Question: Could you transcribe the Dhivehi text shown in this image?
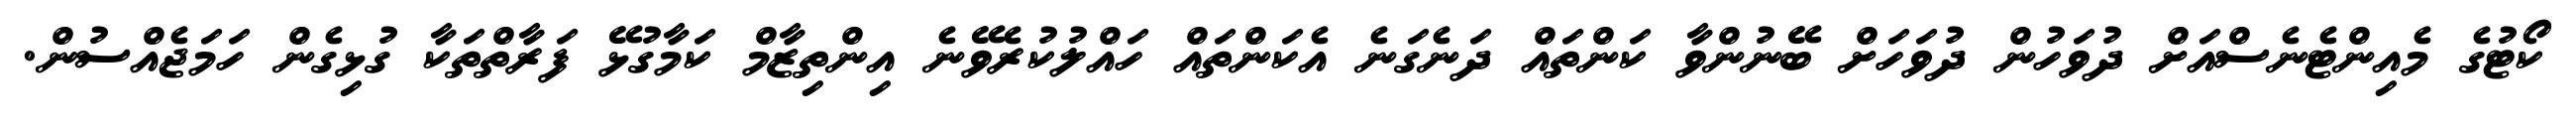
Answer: ކޯޓުގެ މެއިންޓެނެސްއަށް ދުވަހުން ދުވަހަށް ބޭނުންވާ ކަންތައް ދަނެގަނެ އެކަންތައް ހައްލުކުރެވޭނެ އިންތިޒާމް ކަމާގުޅޭ ފަރާތްތަކާ ގުޅިގެން ހަމަޖެއްސުން.